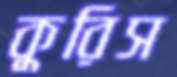
কুরিস